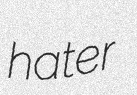
hater